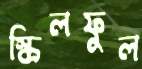
স্কিলফুল